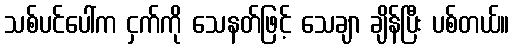
သစ်ပင်ပေါ်က ငှက်ကို သေနတ်ဖြင့် သေချာ ချိန်ပြီး ပစ်တယ်။